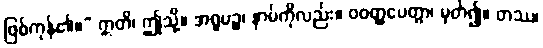
ဖြစ်ကုန်၏။” ဣတိ၊ ဤသို့။ အရူပဉ္စ၊ နာမ်ကိုလည်း။ ဝဝတ္ထပေတွာ၊ မှတ်၍။ တဿ၊